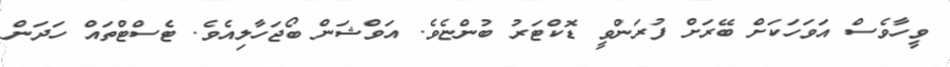
ވީހާވެސް އަވަހަކަށް ބޭރަށް ފުރަންވީ ޑޮކްޓަރު ބުންޏެވެ. އަވްޝަން ބޯޖަހާލިއެވެ. ޓެސްޓްތައް ހަދަން